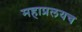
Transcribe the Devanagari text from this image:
महाप्रलयच